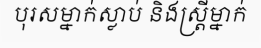
បុរសម្នាក់ស្លាប់ និងស្ត្រីម្នាក់